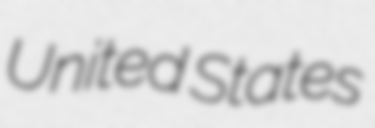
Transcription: United States